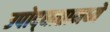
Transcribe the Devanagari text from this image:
उपोद्‌घातामध्ये